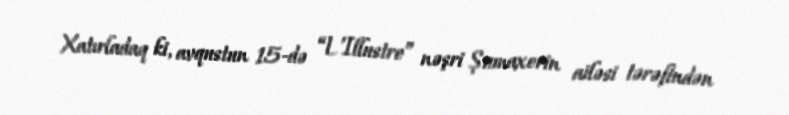
Xatırladaq ki, avqustun 15-də “L'Illustre” nəşri Şumaxerin ailəsi tərəfindən